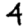
Digit: 4